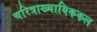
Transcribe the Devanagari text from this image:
चरित्राख्यायिककल